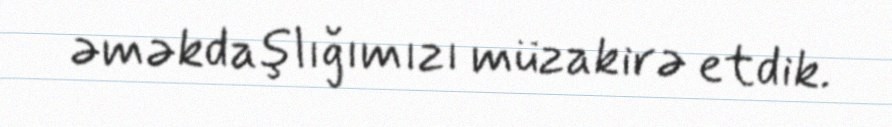
əməkdaşlığımızı müzakirə etdik.